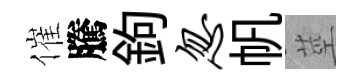
催騰鉤忽帆莖